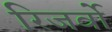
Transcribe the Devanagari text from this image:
रिजर्वो